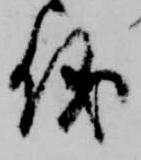
儀